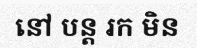
នៅ បន្ត រក មិន